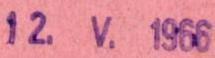
12.V.1966